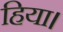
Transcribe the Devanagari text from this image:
हिया।